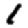
Digit: 1